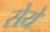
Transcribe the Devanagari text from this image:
सेये